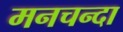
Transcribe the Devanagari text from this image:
मनचन्दा